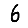
Digit: 6